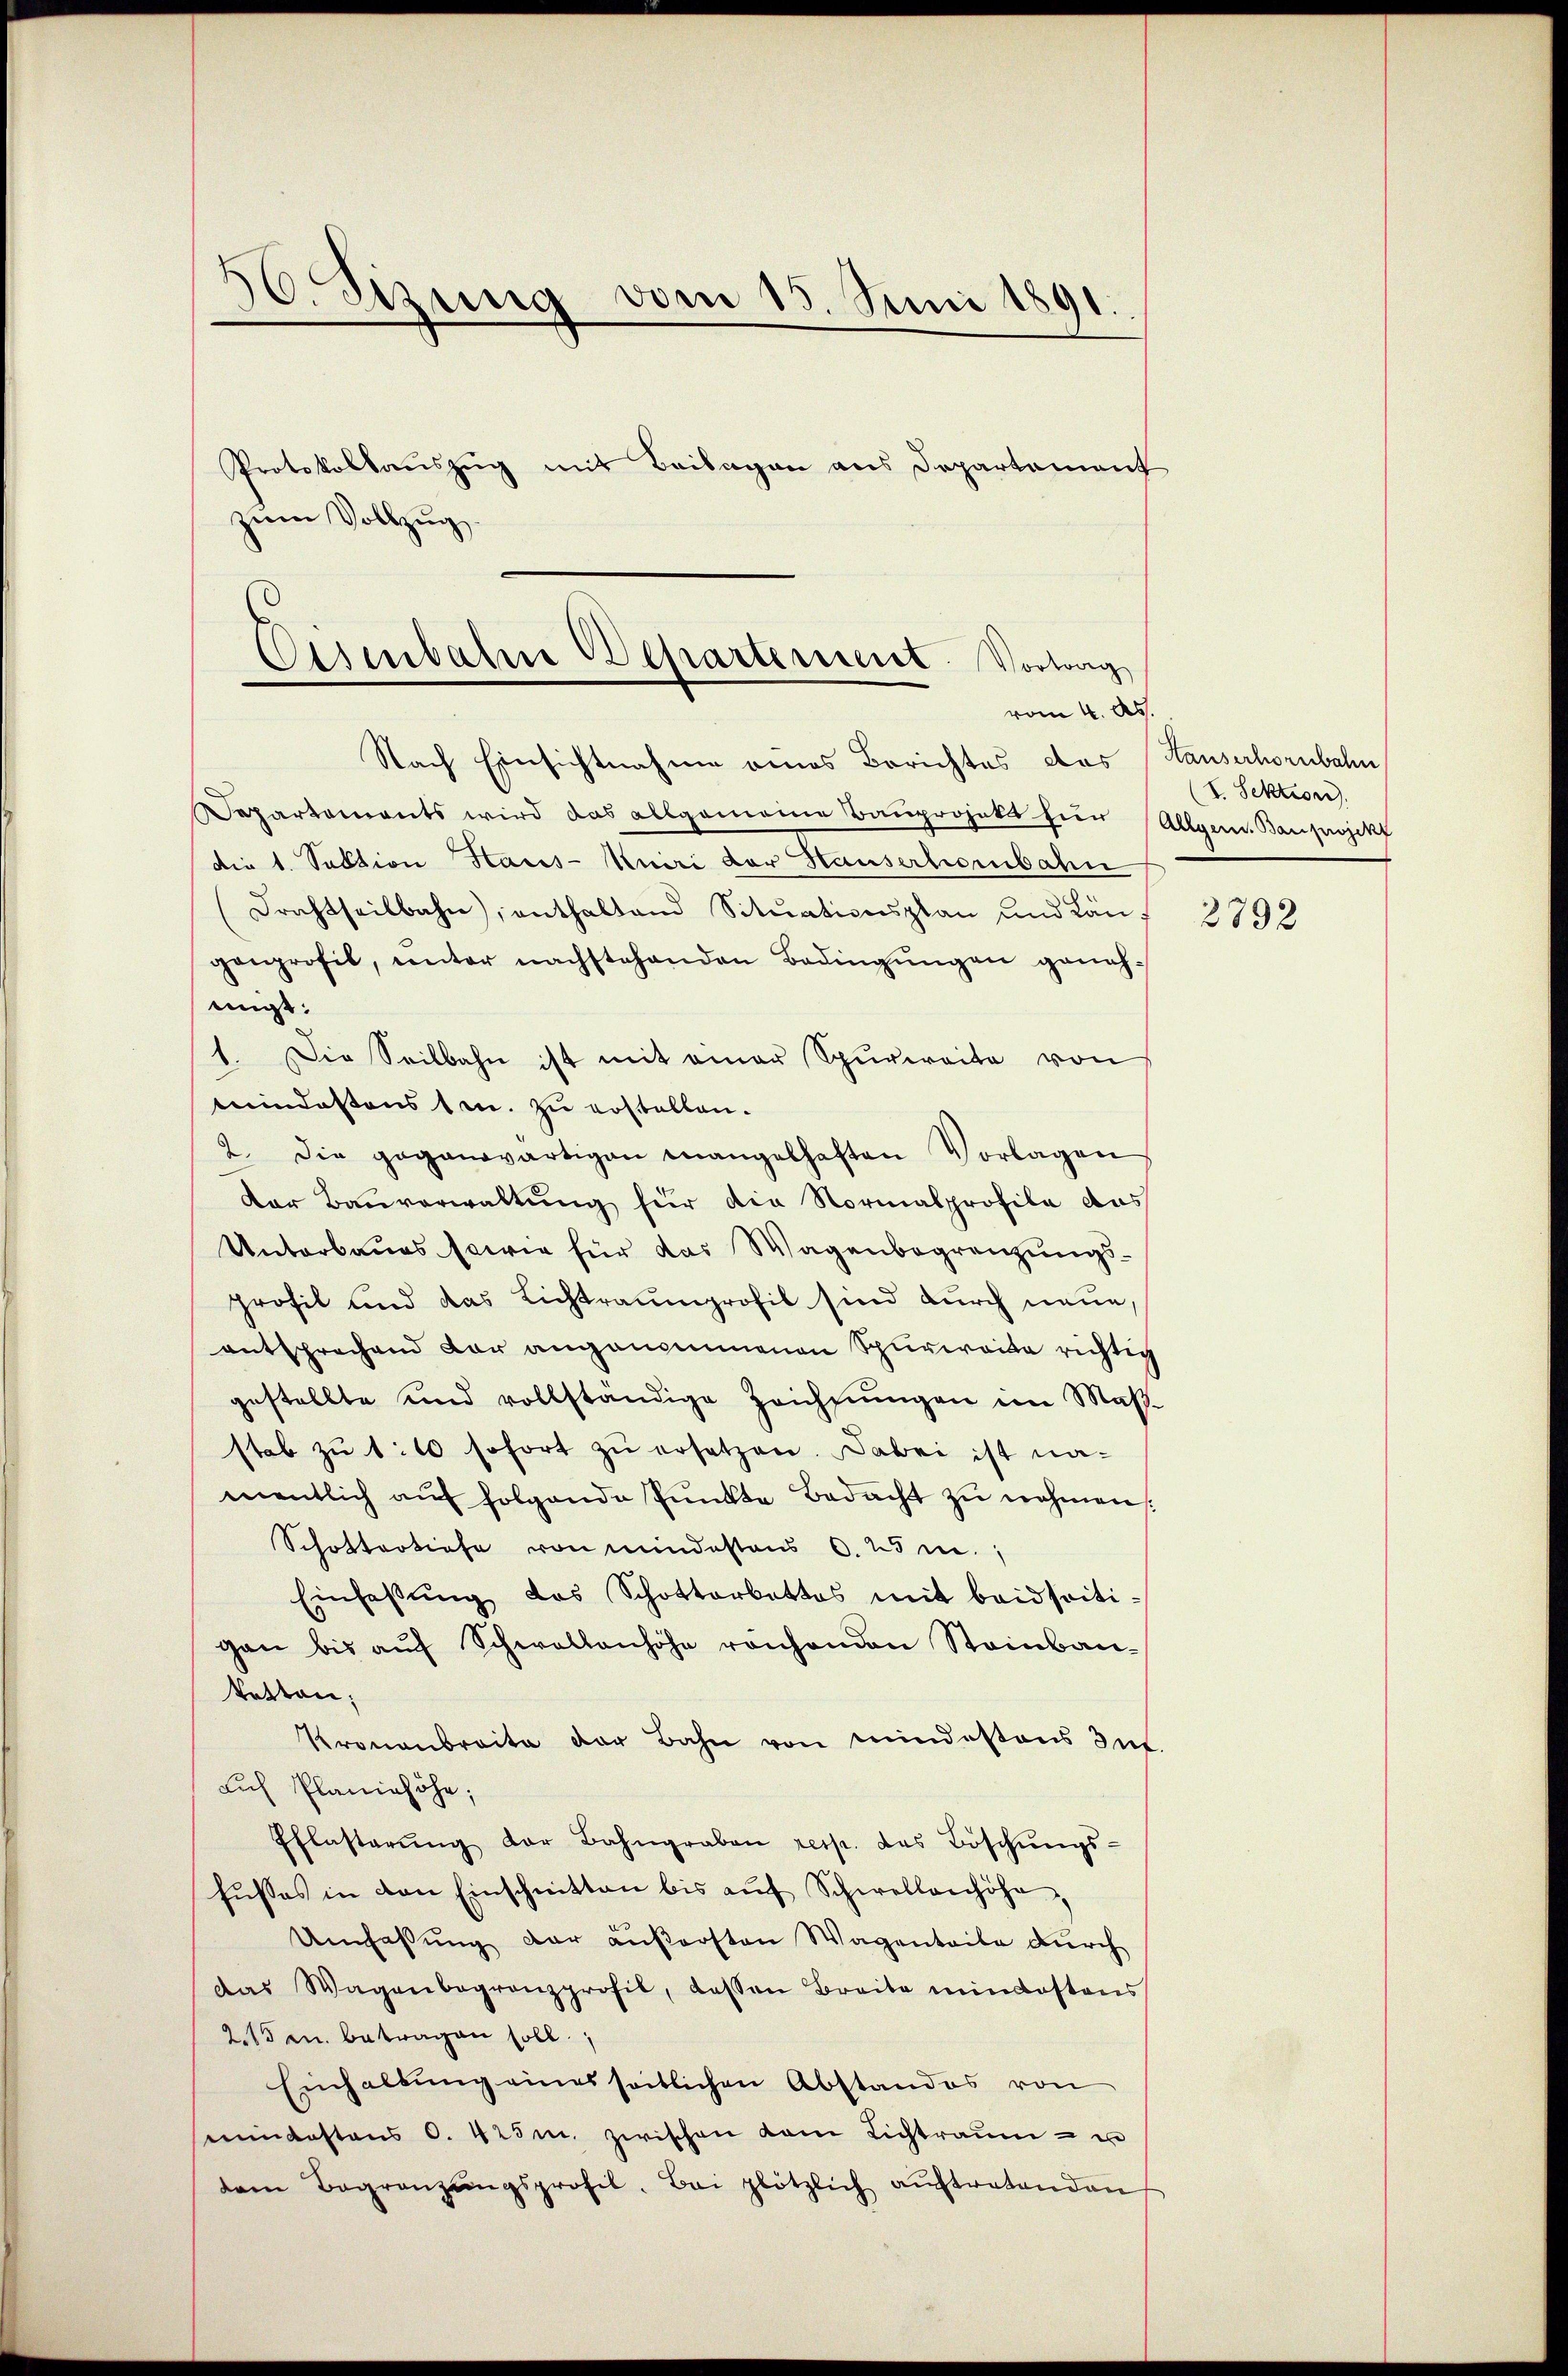
30. Stung vom 15. Juni 1891.

Protokollauszug mit Beilagen aus Departement
zum Vollzug.

Eisenbahre Departement. Vortrag
vom 4. Ap.

Nach Einsichtnahme eines Berichtes des Hauserhornbahn
Departements wird das allgemeine Bauprojekt für Allgem. Bauprojekt
die 1. Sektion Haus-Kuiri der Hauserhorbahn
(Frachtheilbahn, enthaltend Sitŭationsplan und Längenprofit, unter nachstehenden Bedingŭngen geneh-
migt:
1. Die Seilbahn ist mit einer Spurweite von
meindestens 1 m. zu erstellen.
2. Die gegenwärtigen mangelhaften Vorlagen
Der Bauverwaltung für die Normalprofile das
Unterbaues sowie für das Wagenbegrenzungsprofil und das Lichtraumprofil sind durch neue,
entsprechend der angenommenen Spurwaita richtig
gestellte und vollständige Zeichnŭngen im Maßstab zŭ 1:10 sofort zŭ ersetzen. Dabei ist namentlich aŭf folgende Pŭnkte Bedacht zŭ nehmen:
Schottertiefe von mindestens 6. 25 m.,
Einfassŭng das Schotterbettes mit beidseitigan bis aŭf Schwallenhöhe reichenden Steinbau-
Vetten;
Kronenbraite der Bahn von mindestens Int
auf Planiehöhe;
Pflasterŭng der Bahngraben resp. das Böschŭngs-
fŭsses in den Einschnitten bis aŭf Schwellerhöhe,
Umfassung der äußersten Wagenteile durch
das Wagenbegrenzprofil, dassen Breite mindestens
215 u. betragen soll.
Einhaltung eines seitlichen Abstandes von
emindestens S. 425m zwischen kam Lichtraum - u
dem Begränzŭngsprofil. Bei plötzlich aŭftretenden

(V. Sektion.

2792